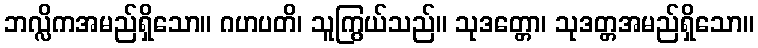
ဘလ္လိကအမည်ရှိသော။ ဂဟပတိ၊ သူကြွယ်သည်။ သုဒတ္တော၊ သုဒတ္တအမည်ရှိသော။